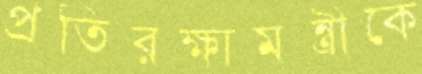
প্রতিরক্ষামন্ত্রীকে